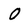
Character: o